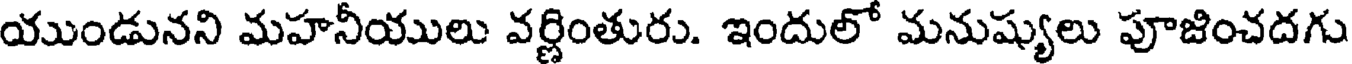
యుండునని మహనీయులు వర్ణింతురు. ఇందులో మనుష్యులు పూజించదగు